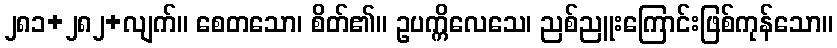
၂၈၁+၂၈၂+လျက်။ စေတသော၊ စိတ်၏။ ဥပက္ကိလေသေ၊ ညစ်ညူးကြောင်းဖြစ်ကုန်သော။